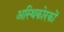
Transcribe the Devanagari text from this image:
अस्थिकोरकों